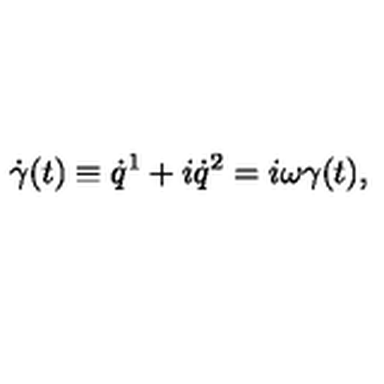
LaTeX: \dot { \gamma } ( t ) \equiv \dot { q } ^ { 1 } + i \dot { q } ^ { 2 } = i \omega \gamma ( t ) ,